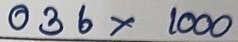
036 x 1000